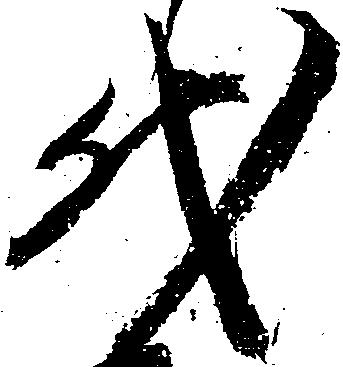
代